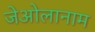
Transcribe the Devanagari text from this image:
जेओलानाम